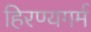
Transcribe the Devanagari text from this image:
हिरण्यगर्म